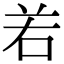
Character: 𠰥